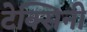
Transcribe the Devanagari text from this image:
टेक्सिनी